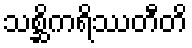
သစ္ဆိကရိဿတီတိ